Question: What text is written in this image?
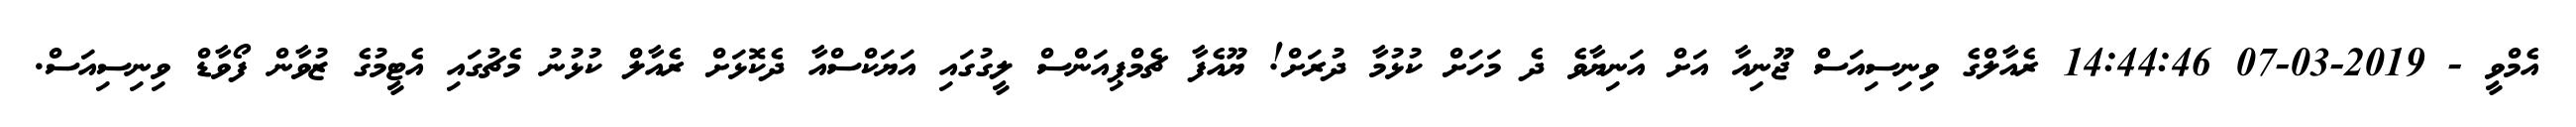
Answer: އެމްވީ - 2019-03-07 14:44:46 ރެއާލްގެ ވިނިސިއަސް ޖޫނިއާ އަށް އަނިޔާވެ ދެ މަހަށް ކުޅުމާ ދުރަށް! ޔޫއެފާ ޗެމްޕިއަންސް ލީގުގައި އަޔަކްސްއާ ދެކޮޅަށް ރެއާލް ކުޅުނު މެޗުގައި އެޓީމުގެ ޒުވާން ފޯވާޑް ވިނިސިއަސް.